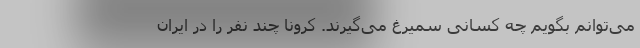
می‌توانم بگویم چه کسانی سمیرغ می‌گیرند. کرونا چند نفر را در ایران